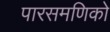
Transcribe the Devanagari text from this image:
पारसमणिको